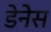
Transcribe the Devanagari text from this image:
डेनेस